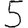
Digit: 5